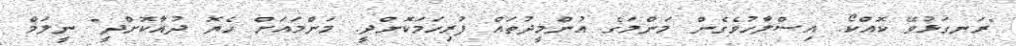
"ރަނގަޅުވޭ ކޮއްކޯ. އިސްލާހުވެގެން މަންމަގެ އުންމީދުތައް ފުރިހަމަކޮށްދީ. މަންމައަށް ހެޔޮ ދުއާކޮށްދީ" ނީލަމް